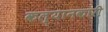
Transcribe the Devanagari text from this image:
कल्यानकारी